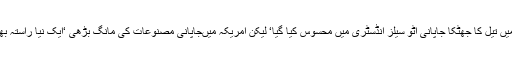
نتیجے میں تیل کا جھٹکا جاپانی آٹو سیلز انڈسٹری میں محسوس کیا گیا‘ لیکن امریکہ میںجاپانی مصنوعات کی مانگ بڑھی ‘ایک نیا راستہ بھی کھلا۔